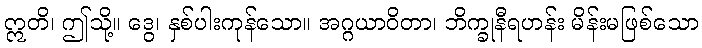
ဣတိ၊ ဤသို့။ ဒွေ၊ နှစ်ပါးကုန်သော။ အဂ္ဂယာဝိတာ၊ ဘိက္ခုနီရဟန်း မိန်းမဖြစ်သော